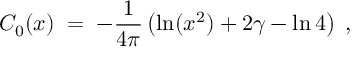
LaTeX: C _ { 0 } ( x ) \; = \; - \frac { 1 } { 4 \pi } \left( \ln ( x ^ { 2 } ) + 2 \gamma - \ln 4 \right) \; ,